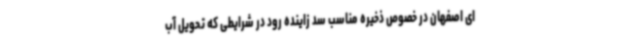
ای اصفهان در خصوص ذخیره مناسب سد زاینده رود در شرایطی که تحویل آب